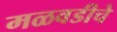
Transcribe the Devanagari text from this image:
मळवडीचे